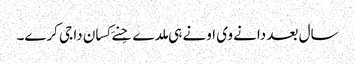
سال بعد دانے وی اونے ہی ملدے جِنے کِسان دا جی کرے۔